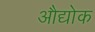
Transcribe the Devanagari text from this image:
औद्योक